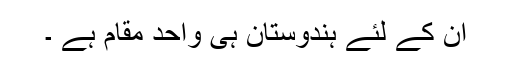
ان کے لئے ہندوستان ہی واحد مقام ہے ۔